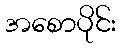
အစောပိုင်း